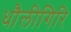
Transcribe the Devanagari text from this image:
धौलीगिरि